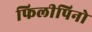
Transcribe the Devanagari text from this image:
फिलीपिनो